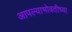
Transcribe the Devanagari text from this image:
आपल्याभोवतीच्या